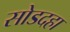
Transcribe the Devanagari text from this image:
सोडदहा